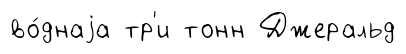
во́днаjа тр'и тонн Джеральд